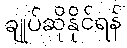
ချုပ်ဆိုနိုင်ရန်